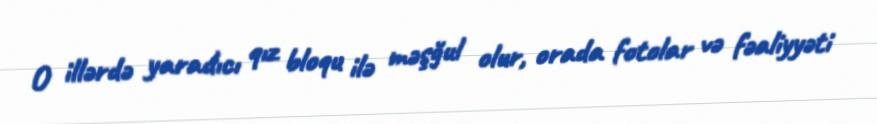
O illərdə yaradıcı qız bloqu ilə məşğul olur, orada fotolar və fəaliyyəti